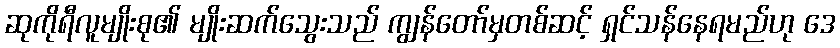
ဆုကိုရီလူမျိုးစု၏ မျိုးဆက်သွေးသည် ကျွန်တော်မှတစ်ဆင့် ရှင်သန်နေရမည်ဟု ဒေ